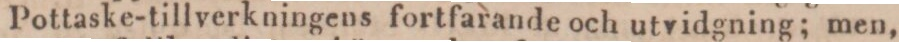
Pottaske-tillverkningens fortfarande och utvidgning; men,